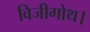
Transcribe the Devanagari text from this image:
विजीगोथ।